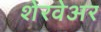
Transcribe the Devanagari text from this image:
शेरवेअर